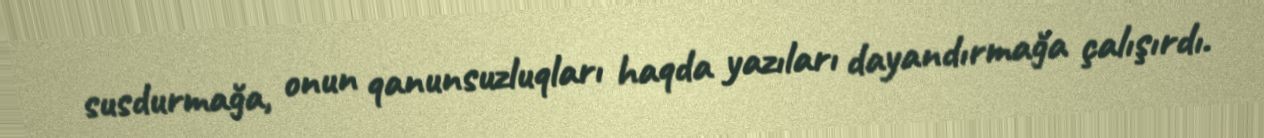
susdurmağa, onun qanunsuzluqları haqda yazıları dayandırmağa çalışırdı.